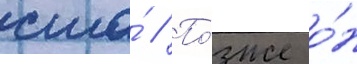
сша́ // По́зже о́н